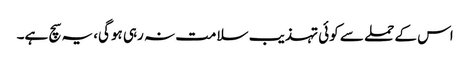
اس کے حملے سے کوئی تہذیب سلامت نہ رہی ہوگی، یہ سچ ہے۔